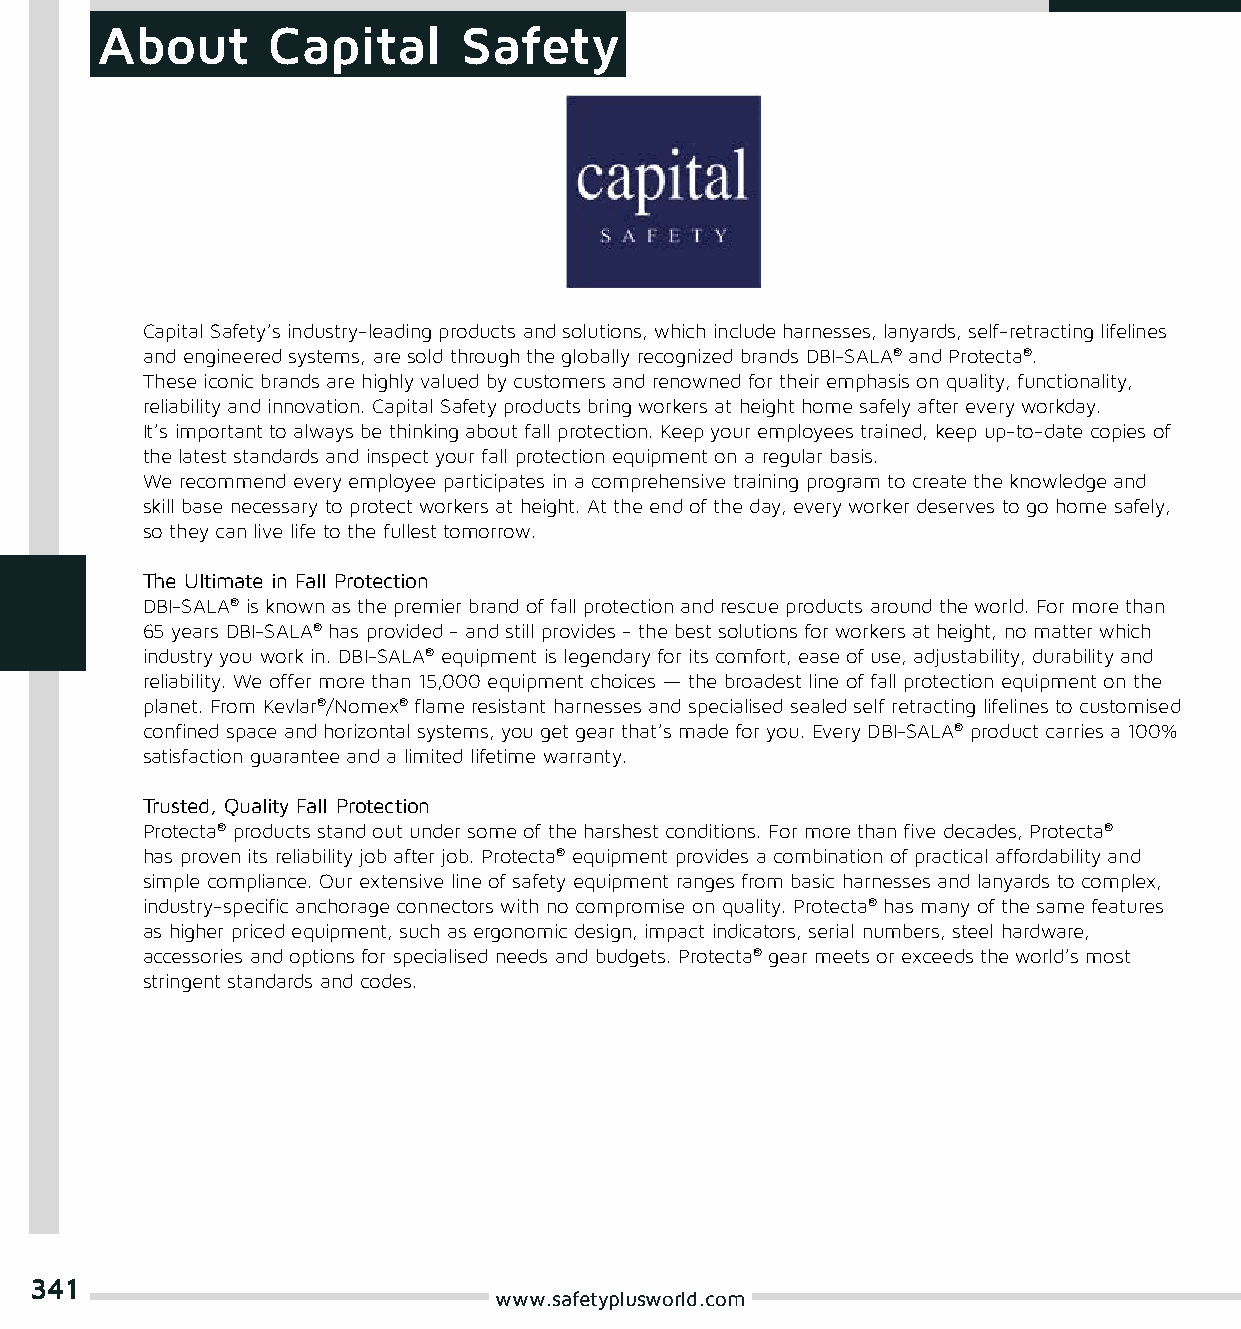
About       Capital     Safety
 Capital Safety’s industry-leading products and solutions, which include harnesses, lanyards, self-retracting lifelines
 and engineered systems, are sold through the globally recognized brands DBI-SALA® and Protecta®.
 These iconic brands are highly valued by customers and renowned for their emphasis on quality, functionality,
 reliability and innovation. Capital Safety products bring workers at height home safely after every workday.
 It’s important to always be thinking about fall protection. Keep your employees trained, keep up-to-date copies of
 the latest standards and inspect your fall protection equipment on a regular basis.
 We recommend every employee participates in a comprehensive training program to create the knowledge and
 skill base necessary to protect workers at height. At the end of the day, every worker deserves to go home safely,
 so they can live life to the fullest tomorrow.
 The Ultimate in Fall Protection
 DBI-SALA® is known as the premier brand of fall protection and rescue products around the world. For more than
 65 years DBI-SALA® has provided - and still provides - the best solutions for workers at height, no matter which
 industry you work in. DBI-SALA® equipment is legendary for its comfort, ease of use, adjustability, durability and
 reliability. We offer more than 15,000 equipment choices — the broadest line of fall protection equipment on the
 planet. From Kevlar®/Nomex® flame resistant harnesses and specialised sealed self retracting lifelines to customised
 confined space and horizontal systems, you get gear that’s made for you. Every DBI-SALA® product carries a 100%
 satisfaction guarantee and a limited lifetime warranty.
 Trusted, Quality Fall Protection
 Protecta® products stand out under some of the harshest conditions. For more than five decades, Protecta®
 has proven its reliability job after job. Protecta® equipment provides a combination of practical affordability and
 simple compliance. Our extensive line of safety equipment ranges from basic harnesses and lanyards to complex,
 industry-specific anchorage connectors with no compromise on quality. Protecta® has many of the same features
 as higher priced equipment, such as ergonomic design, impact indicators, serial numbers, steel hardware,
 accessories and options for specialised needs and budgets. Protecta® gear meets or exceeds the world’s most
 stringent standards and codes.
 341
 www.safetyplusworld.com